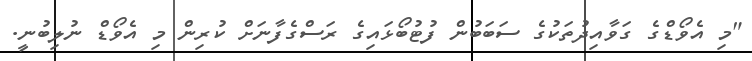
"މި އެވޯޑްގެ ގަވާއިދުތަކުގެ ސަބަބުން ފުޓުބޯޅައިގެ ރަސްގެފާނަށް ކުރިން މި އެވޯޑް ނުލިބުނީ.